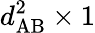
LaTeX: d_{\mathrm{AB}}^{2}\times 1